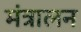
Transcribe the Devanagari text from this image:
मंत्रालन